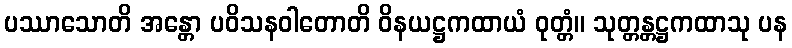
ပဿာသောတိ အန္တော ပဝိသနဝါတောတိ ဝိနယဋ္ဌကထာယံ ဝုတ္တံ။ သုတ္တန္တဋ္ဌကထာသု ပန